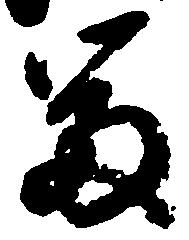
富